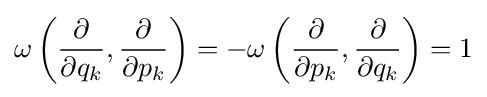
\omega \left({\frac {\partial }{\partial q_{k}}},{\frac {\partial }{\partial p_{k}}}\right)=-\omega \left({\frac {\partial }{\partial p_{k}}},{\frac {\partial }{\partial q_{k}}}\right)=1